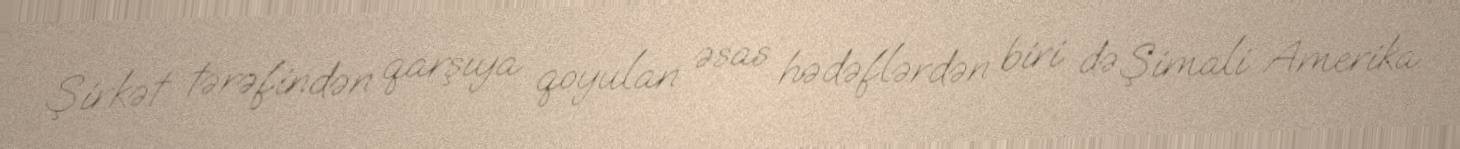
Şirkət tərəfindən qarşıya qoyulan əsas hədəflərdən biri də Şimali Amerika